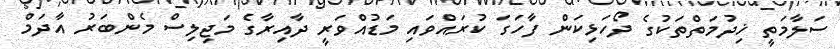
ސަލާމަތީ ޚިދުމަތްތަކުގެ ދޯހަޅިކަން ފާހަގަ ކުރައްވައި މަޑުއްވަރީ ދާއިރާގެ މަޖިލިސް މެންބަރު އާދަމް